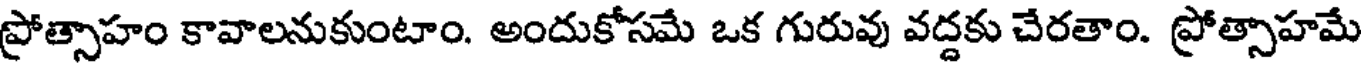
ప్రోత్సాహం కావాలనుకుంటాం. అందుకోసమే ఒక గురువు వద్దకు చేరతాం. ప్రోత్సాహమే